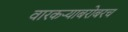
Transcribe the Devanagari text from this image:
वारकऱ्याबरोबरच